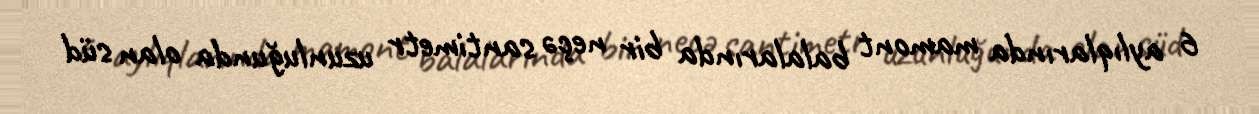
6 aylıqlarında mamont balalarında bir neçə santimetr uzunluğunda olan süd